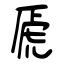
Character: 虒